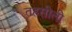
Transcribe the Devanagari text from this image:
तहसीली